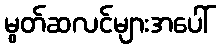
မွတ်ဆလင်များအပေါ်